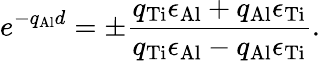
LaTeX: e^{-q_{\mathrm{Al}}d}=\pm\frac{q_{\mathrm{Ti}}\epsilon_{\mathrm{Al}}+q_{\mathrm{Al}}\epsilon_{\mathrm{Ti}}}{q_{\mathrm{Ti}}\epsilon_{\mathrm{Al}}-q_{\mathrm{Al}}\epsilon_{\mathrm{Ti}}}.